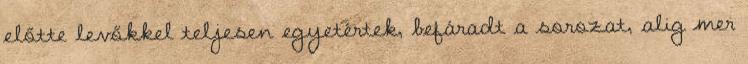
előtte levőkkel teljesen egyetértek, befáradt a sorozat, alig mer